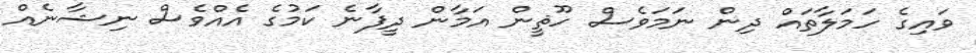
ވައިގެ ހަމަލާތައް ދިން ނަމަވެސް ހޫޘީން އަމާން ދީފާނެ ކަމުގެ އެއްވެސް ނިޝާނެއް